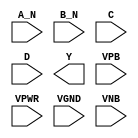
module sky130_fd_sc_hd__nand4bb (
    //# {{data|Data Signals}}
    input  A_N ,
    input  B_N ,
    input  C   ,
    input  D   ,
    output Y   ,

    //# {{power|Power}}
    input  VPB ,
    input  VPWR,
    input  VGND,
    input  VNB
);
endmodule